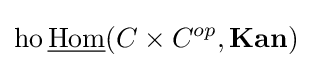
\operatorname {ho} {\underline {\operatorname {Hom} }}(C\times C^{op},{\textbf {Kan}})